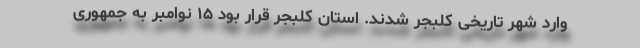
وارد شهر تاریخی کلبجر شدند. استان کلبجر قرار بود ۱۵ نوامبر به جمهوری